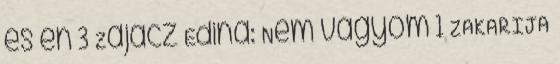
és én 3 Zajácz Edina: Nem vágyom 1 ZAKARIJA